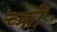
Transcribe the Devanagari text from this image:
च्क्रों